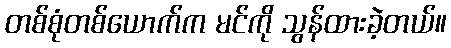
တစ်စုံတစ်ယောက်က မင်ကို သွန်ထားခဲ့တယ်။